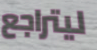
ليتراجع